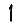
Digit: 1